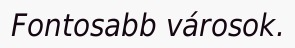
Fontosabb városok.